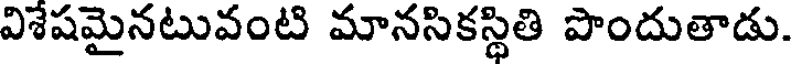
విశేషమైనటువంటి మానసికస్థితి పొందుతాడు.